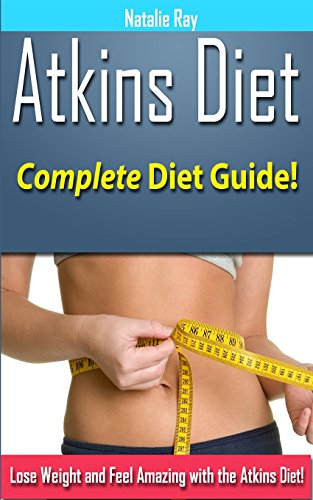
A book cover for Atkins Diet: Complete Atkins Diet Guide to Losing Weight and Feeling Amazing!; Natalie Ray; Health, Fitness & Dieting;